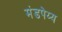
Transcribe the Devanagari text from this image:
मंडपेय्य